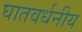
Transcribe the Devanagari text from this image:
घातवर्धनीय